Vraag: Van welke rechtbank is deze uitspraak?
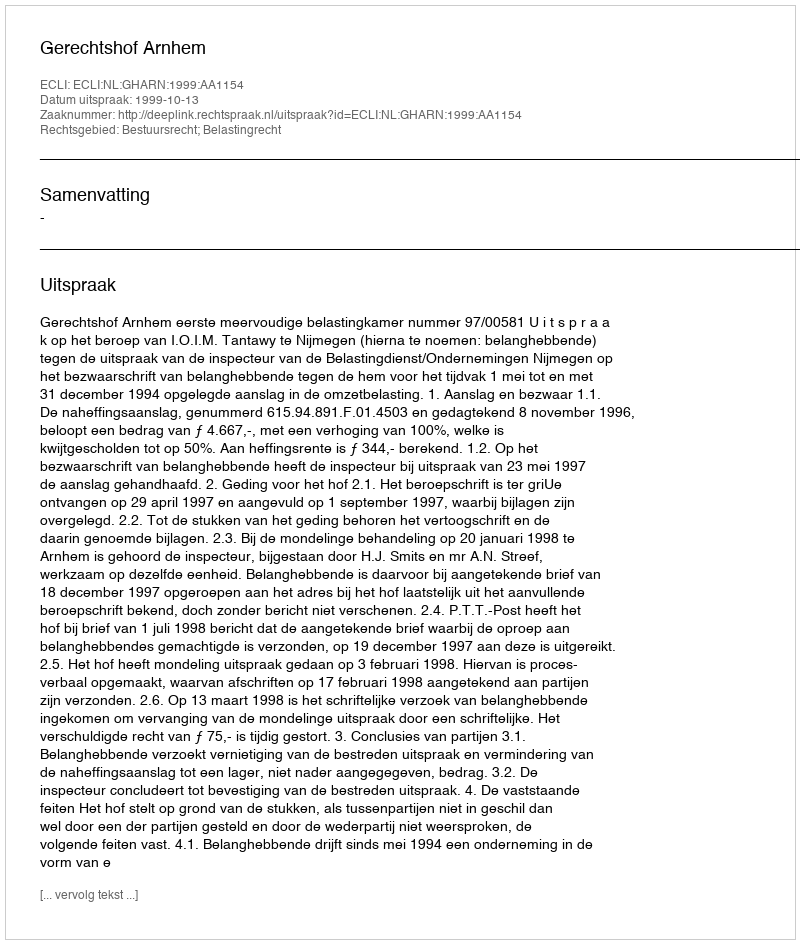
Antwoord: Gerechtshof Arnhem